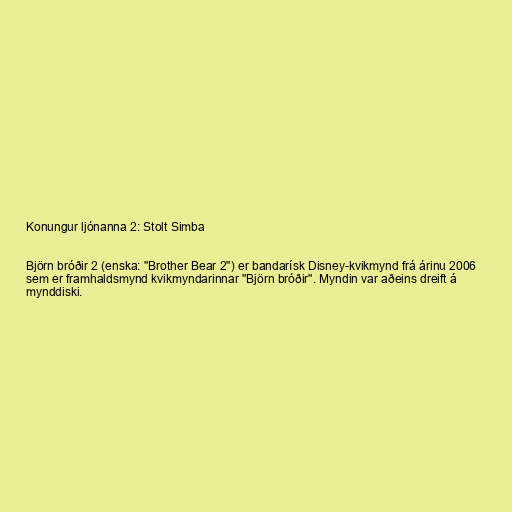
Konungur ljónanna 2: Stolt Simba

Björn bróðir 2 (enska: "Brother Bear 2") er bandarísk Disney-kvikmynd frá árinu 2006
sem er framhaldsmynd kvikmyndarinnar "Björn bróðir". Myndin var aðeins dreift á
mynddiski.